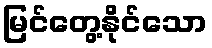
မြင်တွေ့နိုင်သော